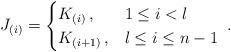
LaTeX: \begin{align*}J_{(i)} = \begin{cases}K_{(i)} \, , & 1 \leq i < l \\K_{(i+1)} \, , & l \leq i \leq n-1 \end{cases} \; .\end{align*}